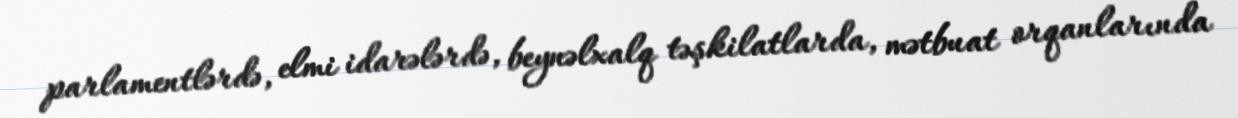
parlamentlərdə, elmi idarələrdə, beynəlxalq təşkilatlarda, mətbuat orqanlarında